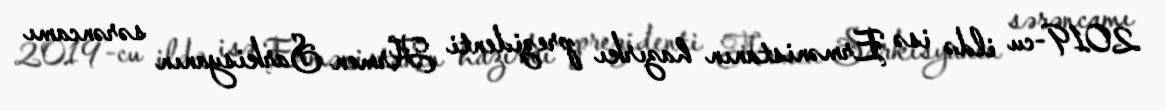
2019-cu ildə isə Ermənistanın hazırkı prezidenti Armen Sarkisyanın sərəncamı